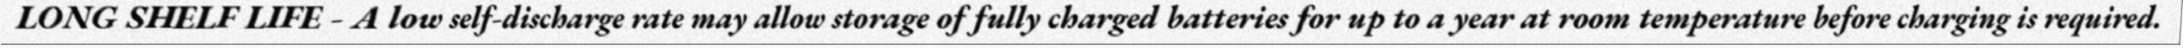
LONG SHELF LIFE - A low self-discharge rate may allow storage of fully charged batteries for up to a year at room temperature before charging is required.